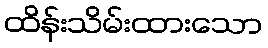
ထိန်းသိမ်းထားသော